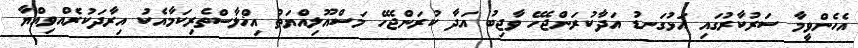
އެހެންވީމާ ސަރުކާރުގައި އަޅުގަނޑު އަދާކުރަންޖެހޭ ވާޖިބު އަދާ ކުރަންޖެހޭ މަސްއޫލިއްޔަތު އިޚްލާސްތެރިކަމާއެކު އިރާދަކުރެއްވިއްޔާ